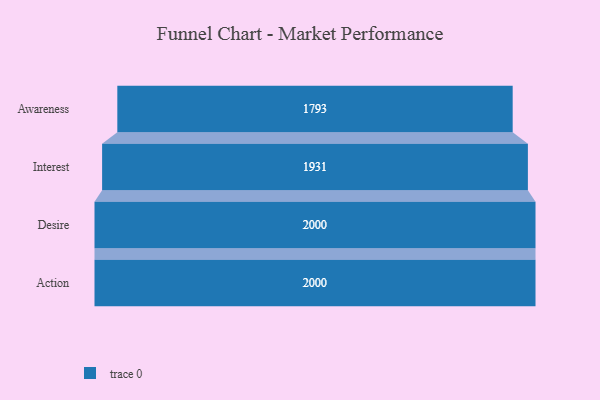
{"axis": {"x": "Stage", "y": "Value"}, "legend": [""], "data": [{"x": "Awareness", "y": 1793.0, "type": ""}, {"x": "Interest", "y": 1931.0, "type": ""}, {"x": "Desire", "y": 2000, "type": ""}, {"x": "Action", "y": 2000, "type": ""}]}